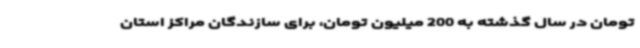
تومان در سال گذشته به 200 میلیون تومان، برای سازندگان مراکز استان